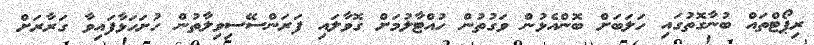
ރިޕޯޓްތައް ބުނާގޮތުގައި ހަލަބަށް ބޮންއެޅުން ވަގުތުން ހުއްޓާލުމަށް ގޮވާލައި ފަރަންސޭސިވިލާތުން ހުށަހަޅާފައިވާ ގަރާރަށް